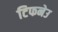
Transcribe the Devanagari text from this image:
टिफनेउ